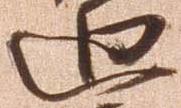
廻